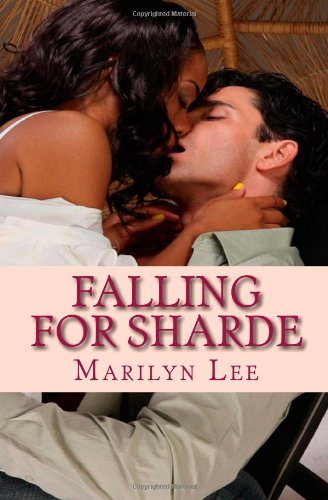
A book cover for Falling For Sharde; Marilyn Lee; Romance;